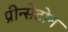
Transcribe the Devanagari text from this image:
प्रीन्सेटोन